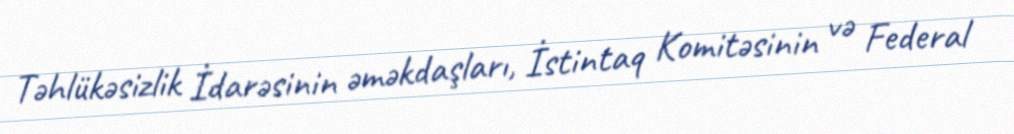
Təhlükəsizlik İdarəsinin əməkdaşları, İstintaq Komitəsinin və Federal